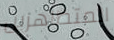
المتظاهرين